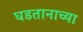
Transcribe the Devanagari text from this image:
घडतानाच्या